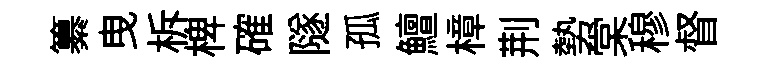
纂曳柝椑確隧孤鱣樟荆勢棠穆督